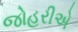
જોહરીએ